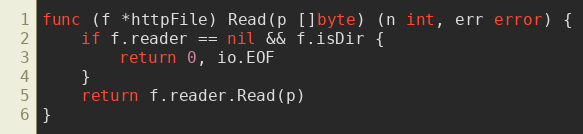
Language: Go
func (f *httpFile) Read(p []byte) (n int, err error) {
	if f.reader == nil && f.isDir {
		return 0, io.EOF
	}
	return f.reader.Read(p)
}